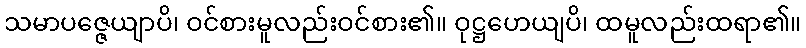
သမာပဇ္ဇေယျာပိ၊ ဝင်စားမူလည်းဝင်စား၏။ ဝုဋ္ဌဟေယျပိ၊ ထမူလည်းထရာ၏။